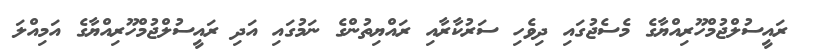
ރައީސުލްޖުމްހޫރިއްޔާގެ މެސެޖުގައި ދިވެހި ސަރުކާރާއި ރައްޔިތުންގެ ނަމުގައި އަދި ރައީސުލްޖުމްހޫރިއްޔާގެ އަމިއްލަ